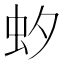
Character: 𧈷